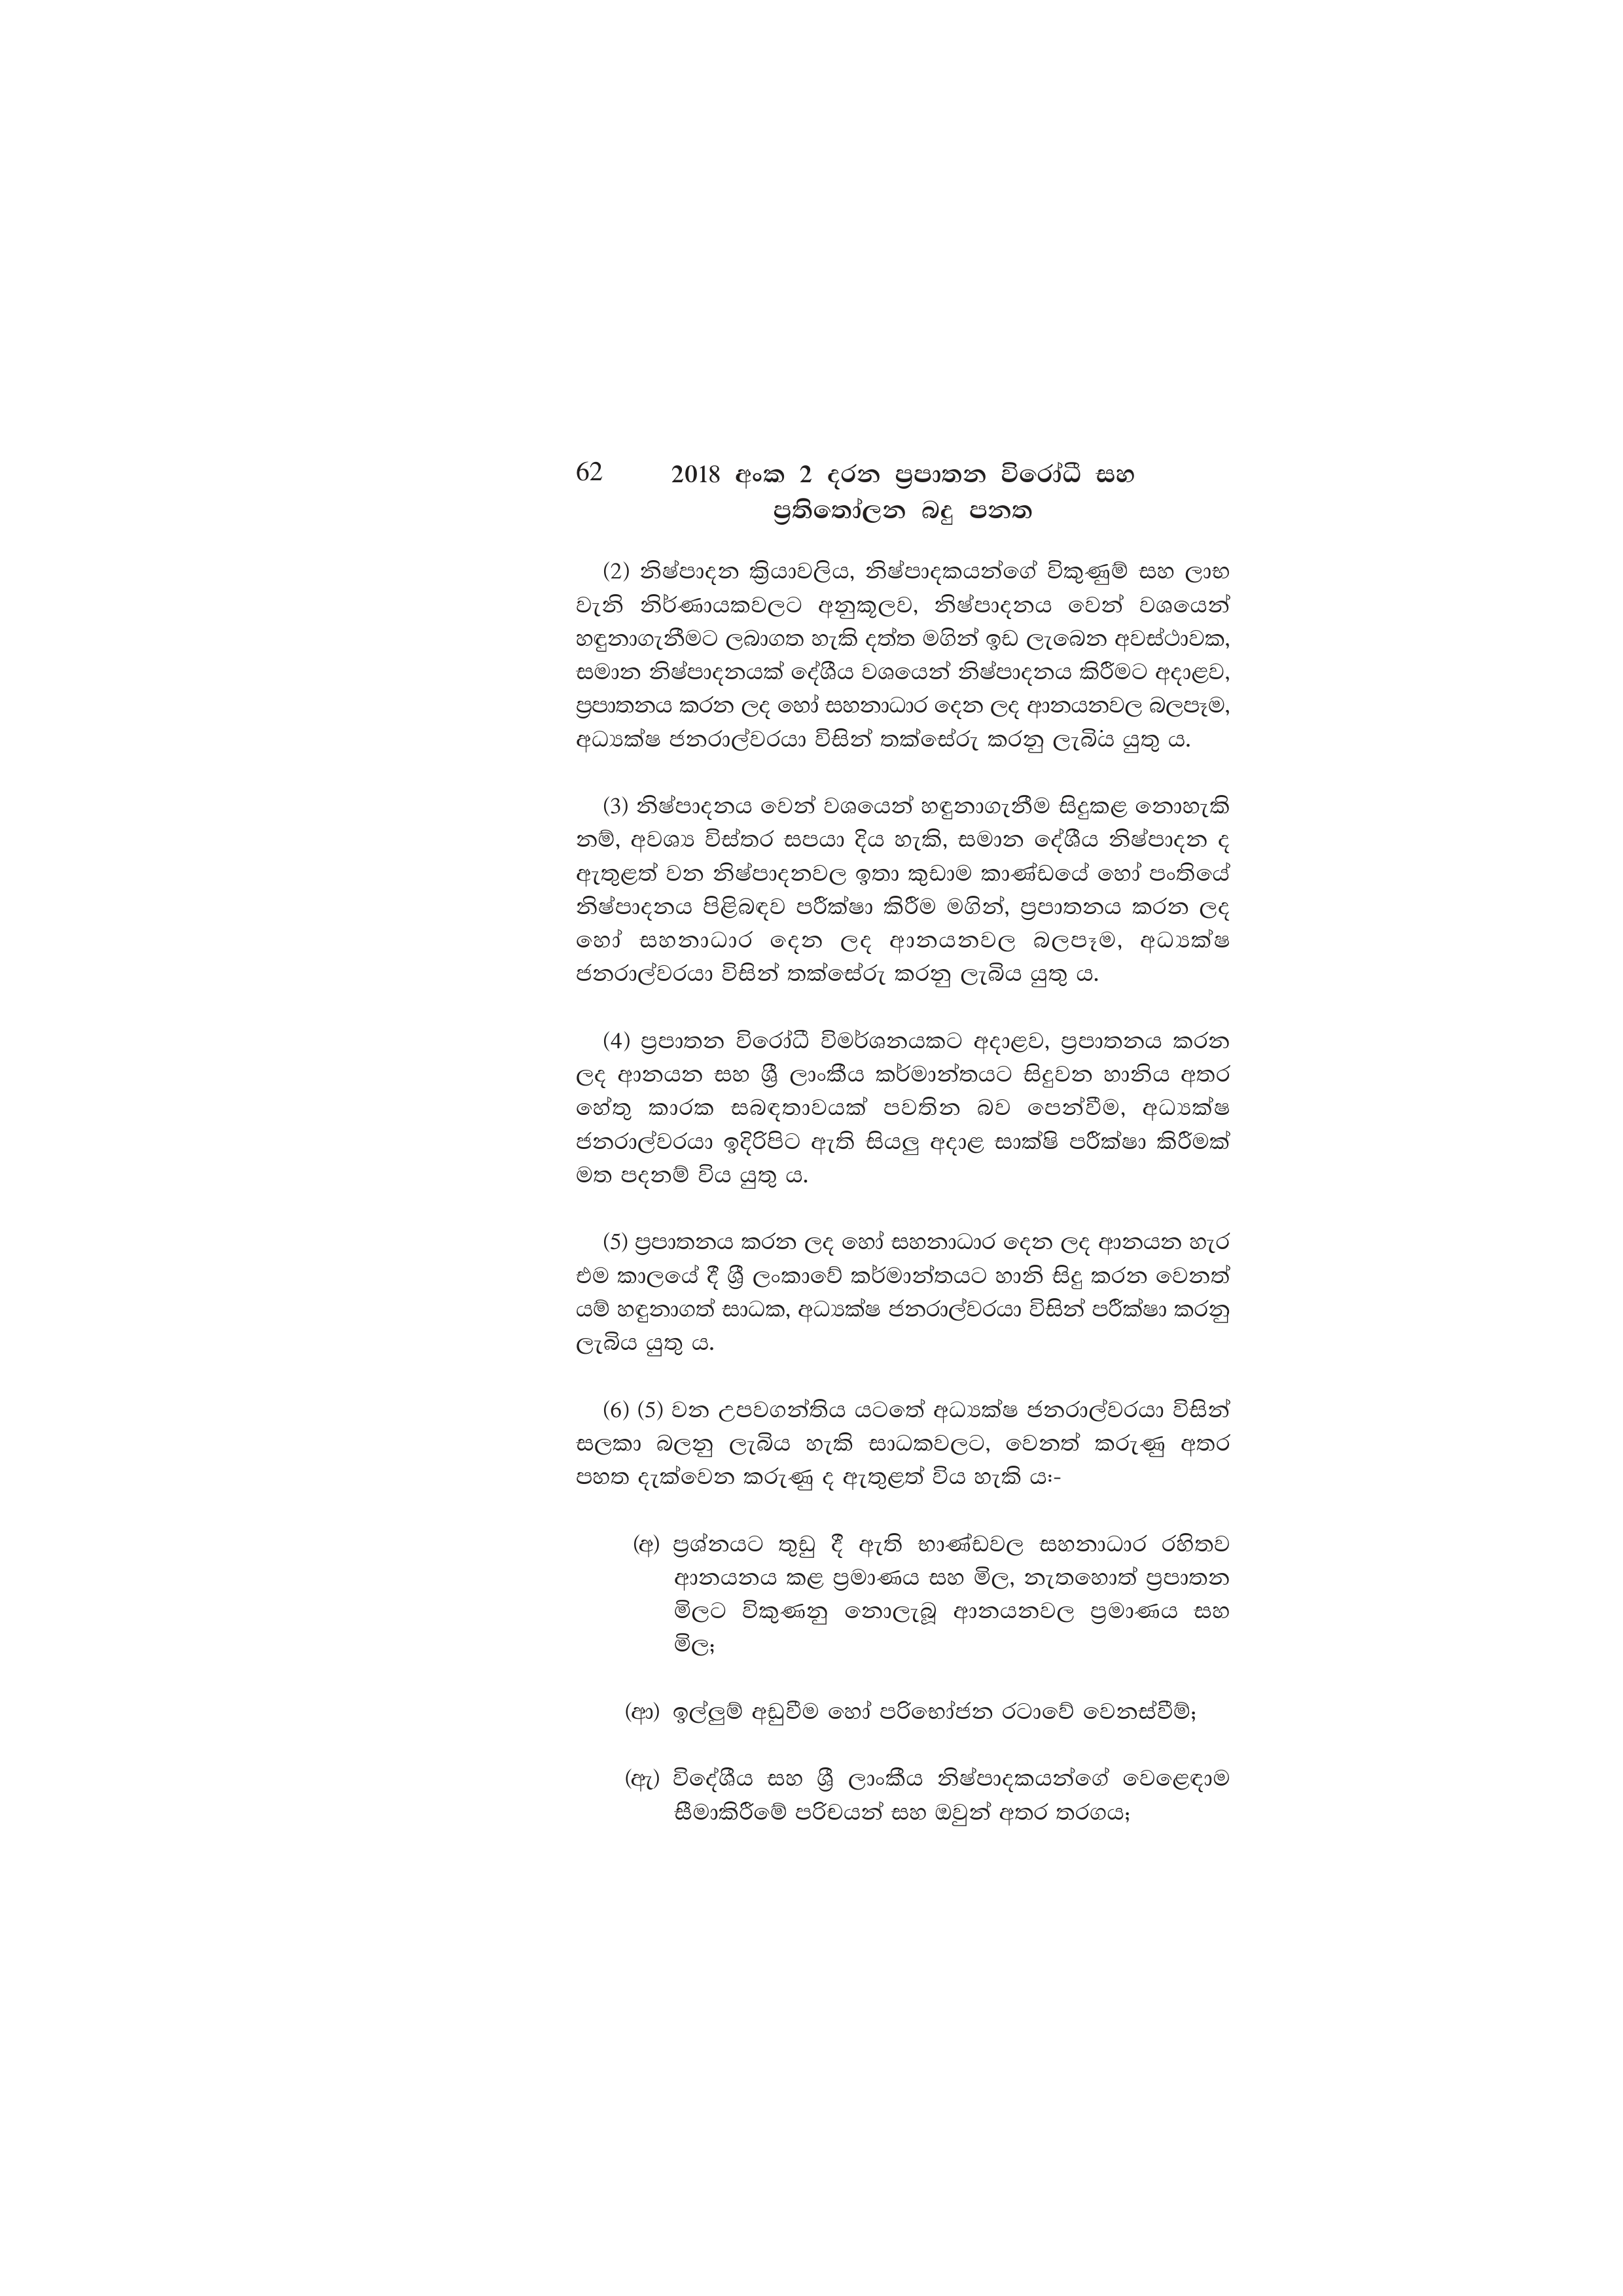
62 2018 අංක 2 දරන ප්‍රපාතන විරෝධී සහ
ප්‍රතිතෝලන බදු පනත

(2) නිෂ්පාදන ක්‍රියාවලිය, නිෂ්පාදකයන්ගේ විකුණුම් සහ ලාභ
වැනි නිර්ණායකවලට අනුකූලව, නිෂ්පාදනය වෙන් වශයෙන්
හඳුනාගැනීමට ලබාගත හැකි දත්ත මගින් ඉඩ ලැබෙන අවස්ථාවක,
සමාන නිෂ්පාදනයක් දේශීය වශයෙන් නිෂ්පාදනය කිරීමට අදාළව,
ප්‍රපාතනය කරන ලද හෝ සහනාධාර දෙන ලද ආනයනවල බලපෑම,
අධ්‍යක්ෂ ජනරාල්වරයා විසින් තක්සේරු කරනු ලැබිය යුතු ය.

(3) නිෂ්පාදනය වෙන් වශයෙන් හඳුනාගැනීම සිදුකළ නොහැකි
නම්, අවශ්‍ය විස්තර සපයා දිය හැකි, සමාන දේශීය නිෂ්පාදන ද
ඇතුළත් වන නිෂ්පාදනවල ඉතා කුඩාම කාණ්ඩයේ හෝ පංතියේ
නිෂ්පාදනය පිළිබඳව පරීක්ෂා කිරීම මගින්, ප්‍රපාතනය කරන ලද
හෝ සහනාධාර දෙන ලද ආනයනවල බලපෑම, අධ්‍යක්ෂ
ජනරාල්වරයා විසින් තක්සේරු කරනු ලැබිය යුතු ය.

(4) ප්‍රපාතන විරෝධී විමර්ශනයකට අදාළව, ප්‍රපාතනය කරන
ලද ආනයන සහ ශ්‍රී ලාංකීය කර්මාන්තයට සිදුවන හානිය අතර
හේතු කාරක සබඳතාවයක් පවතින බව පෙන්වීම, අධ්‍යක්ෂ
ජනරාල්වරයා ඉදිරිපිට ඇති සියලු අදාළ සාක්ෂි පරීක්ෂා කිරීමක්
මත පදනම් විය යුතු ය.

(5) ප්‍රපාතනය කරන ලද හෝ සහනාධාර දෙන ලද ආනයන හැර
එම කාලයේ දී ශ්‍රී ලංකාවේ කර්මාන්තයට හානි සිදු කරන වෙනත්
යම් හඳුනාගත් සාධක, අධ්‍යක්ෂ ජනරාල්වරයා විසින් පරීක්ෂා කරනු
ලැබිය යුතු ය.

(6) (5) වන උපවගන්තිය යටතේ අධ්‍යක්ෂ ජනරාල්වරයා විසින්
සලකා බලනු ලැබිය හැකි සාධකවලට, වෙනත් කරුණු අතර
පහත දැක්වෙන කරුණු ද ඇතුළත් විය හැකි ය:-

(අ) ප්‍රශ්නයට තුඩු දී ඇති භාණ්ඩවල සහනාධාර රහිතව
ආනයනය කළ ප්‍රමාණය සහ මිල, නැතහොත් ප්‍රපාතන
මිලට විකුණනු නොලැබූ ආනයනවල ප්‍රමාණය සහ
මිල;

(ආ) ඉල්ලුම් අඩුවීම හෝ පරිභෝජන රටාවේ වෙනස්වීම්;

(ඇ) විදේශීය සහ ශ්‍රී ලාංකීය නිෂ්පාදකයන්ගේ වෙළෙඳාම
සීමාකිරීමේ පරිචයන් සහ ඔවුන් අතර තරගය;